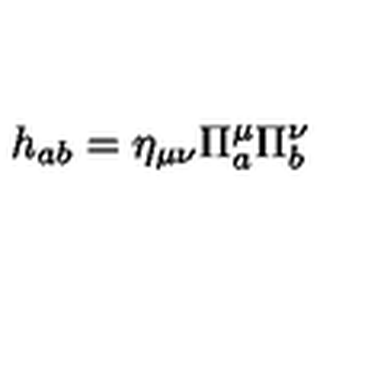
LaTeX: h _ { a b } = \eta _ { \mu \nu } \Pi _ { a } ^ { \mu } \Pi _ { b } ^ { \nu }